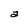
Character: a